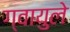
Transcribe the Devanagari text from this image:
ग्वायुले